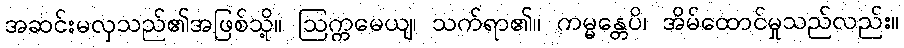
အဆင်းမလှသည်၏အဖြစ်သို့။ ဩက္ကမေယျ၊ သက်ရာ၏။ ကမ္မန္တေပိ၊ အိမ်ထောင်မှုသည်လည်း။